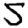
Digit: 5